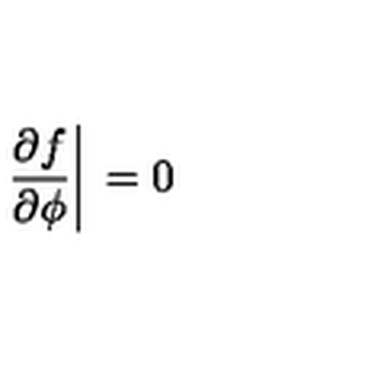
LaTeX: \left. { \frac { \partial f } { \partial \phi } } \right| { \mathrm { \raisebox { - 1 . 7 e x } { { \tiny { \! \phi ' } } } } } = 0